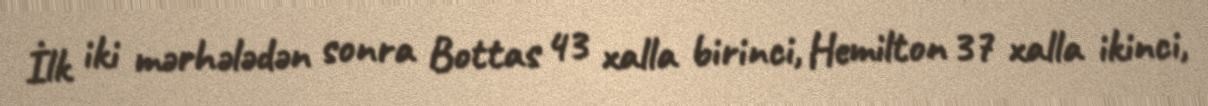
İlk iki mərhələdən sonra Bottas 43 xalla birinci, Hemilton 37 xalla ikinci,